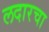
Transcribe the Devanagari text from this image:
लदारचा